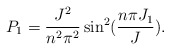
\begin{align*}P_1 = \frac{J^2}{n^2 \pi^2} \sin^2(\frac{n \pi J_1}{J}).\end{align*}